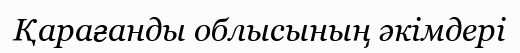
Қарағанды облысының әкімдері